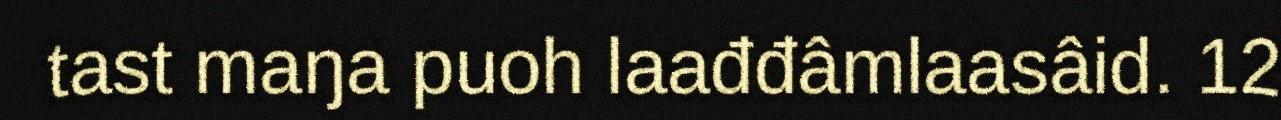
tast maŋa puoh laađđâmlaasâid. 12